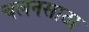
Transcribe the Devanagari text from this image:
चलनसाठा